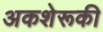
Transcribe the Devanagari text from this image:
अकशेरूकी